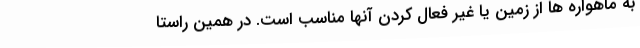
به ماهواره ها از زمین یا غیر فعال کردن آنها مناسب است. در همین راستا